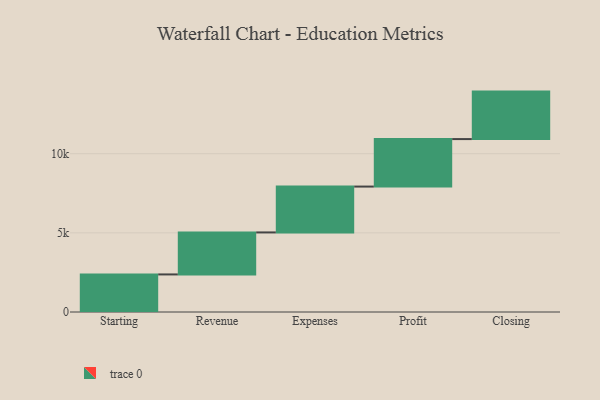
{"axis": {"x": "Step", "y": "Value"}, "legend": [""], "data": [{"x": "Starting", "y": 2374.0, "type": ""}, {"x": "Revenue", "y": 2654.0, "type": ""}, {"x": "Expenses", "y": 2897.0, "type": ""}, {"x": "Profit", "y": 3000, "type": ""}, {"x": "Closing", "y": 3000, "type": ""}]}